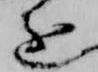
進